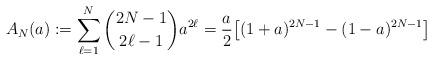
LaTeX: \begin{align*}A_N(a) := \sum_{\ell=1}^{N} {2N-1\choose 2\ell-1} a^{2\ell} = \frac{a}{2}\big[ (1+a)^{2N-1} - (1-a)^{2N-1} \big] \end{align*}